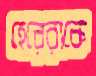
হেরেরাকে